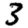
Digit: 3